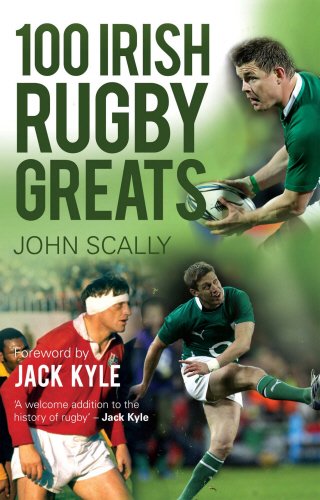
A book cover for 100 Irish Rugby Greats; John Scally; Sports & Outdoors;